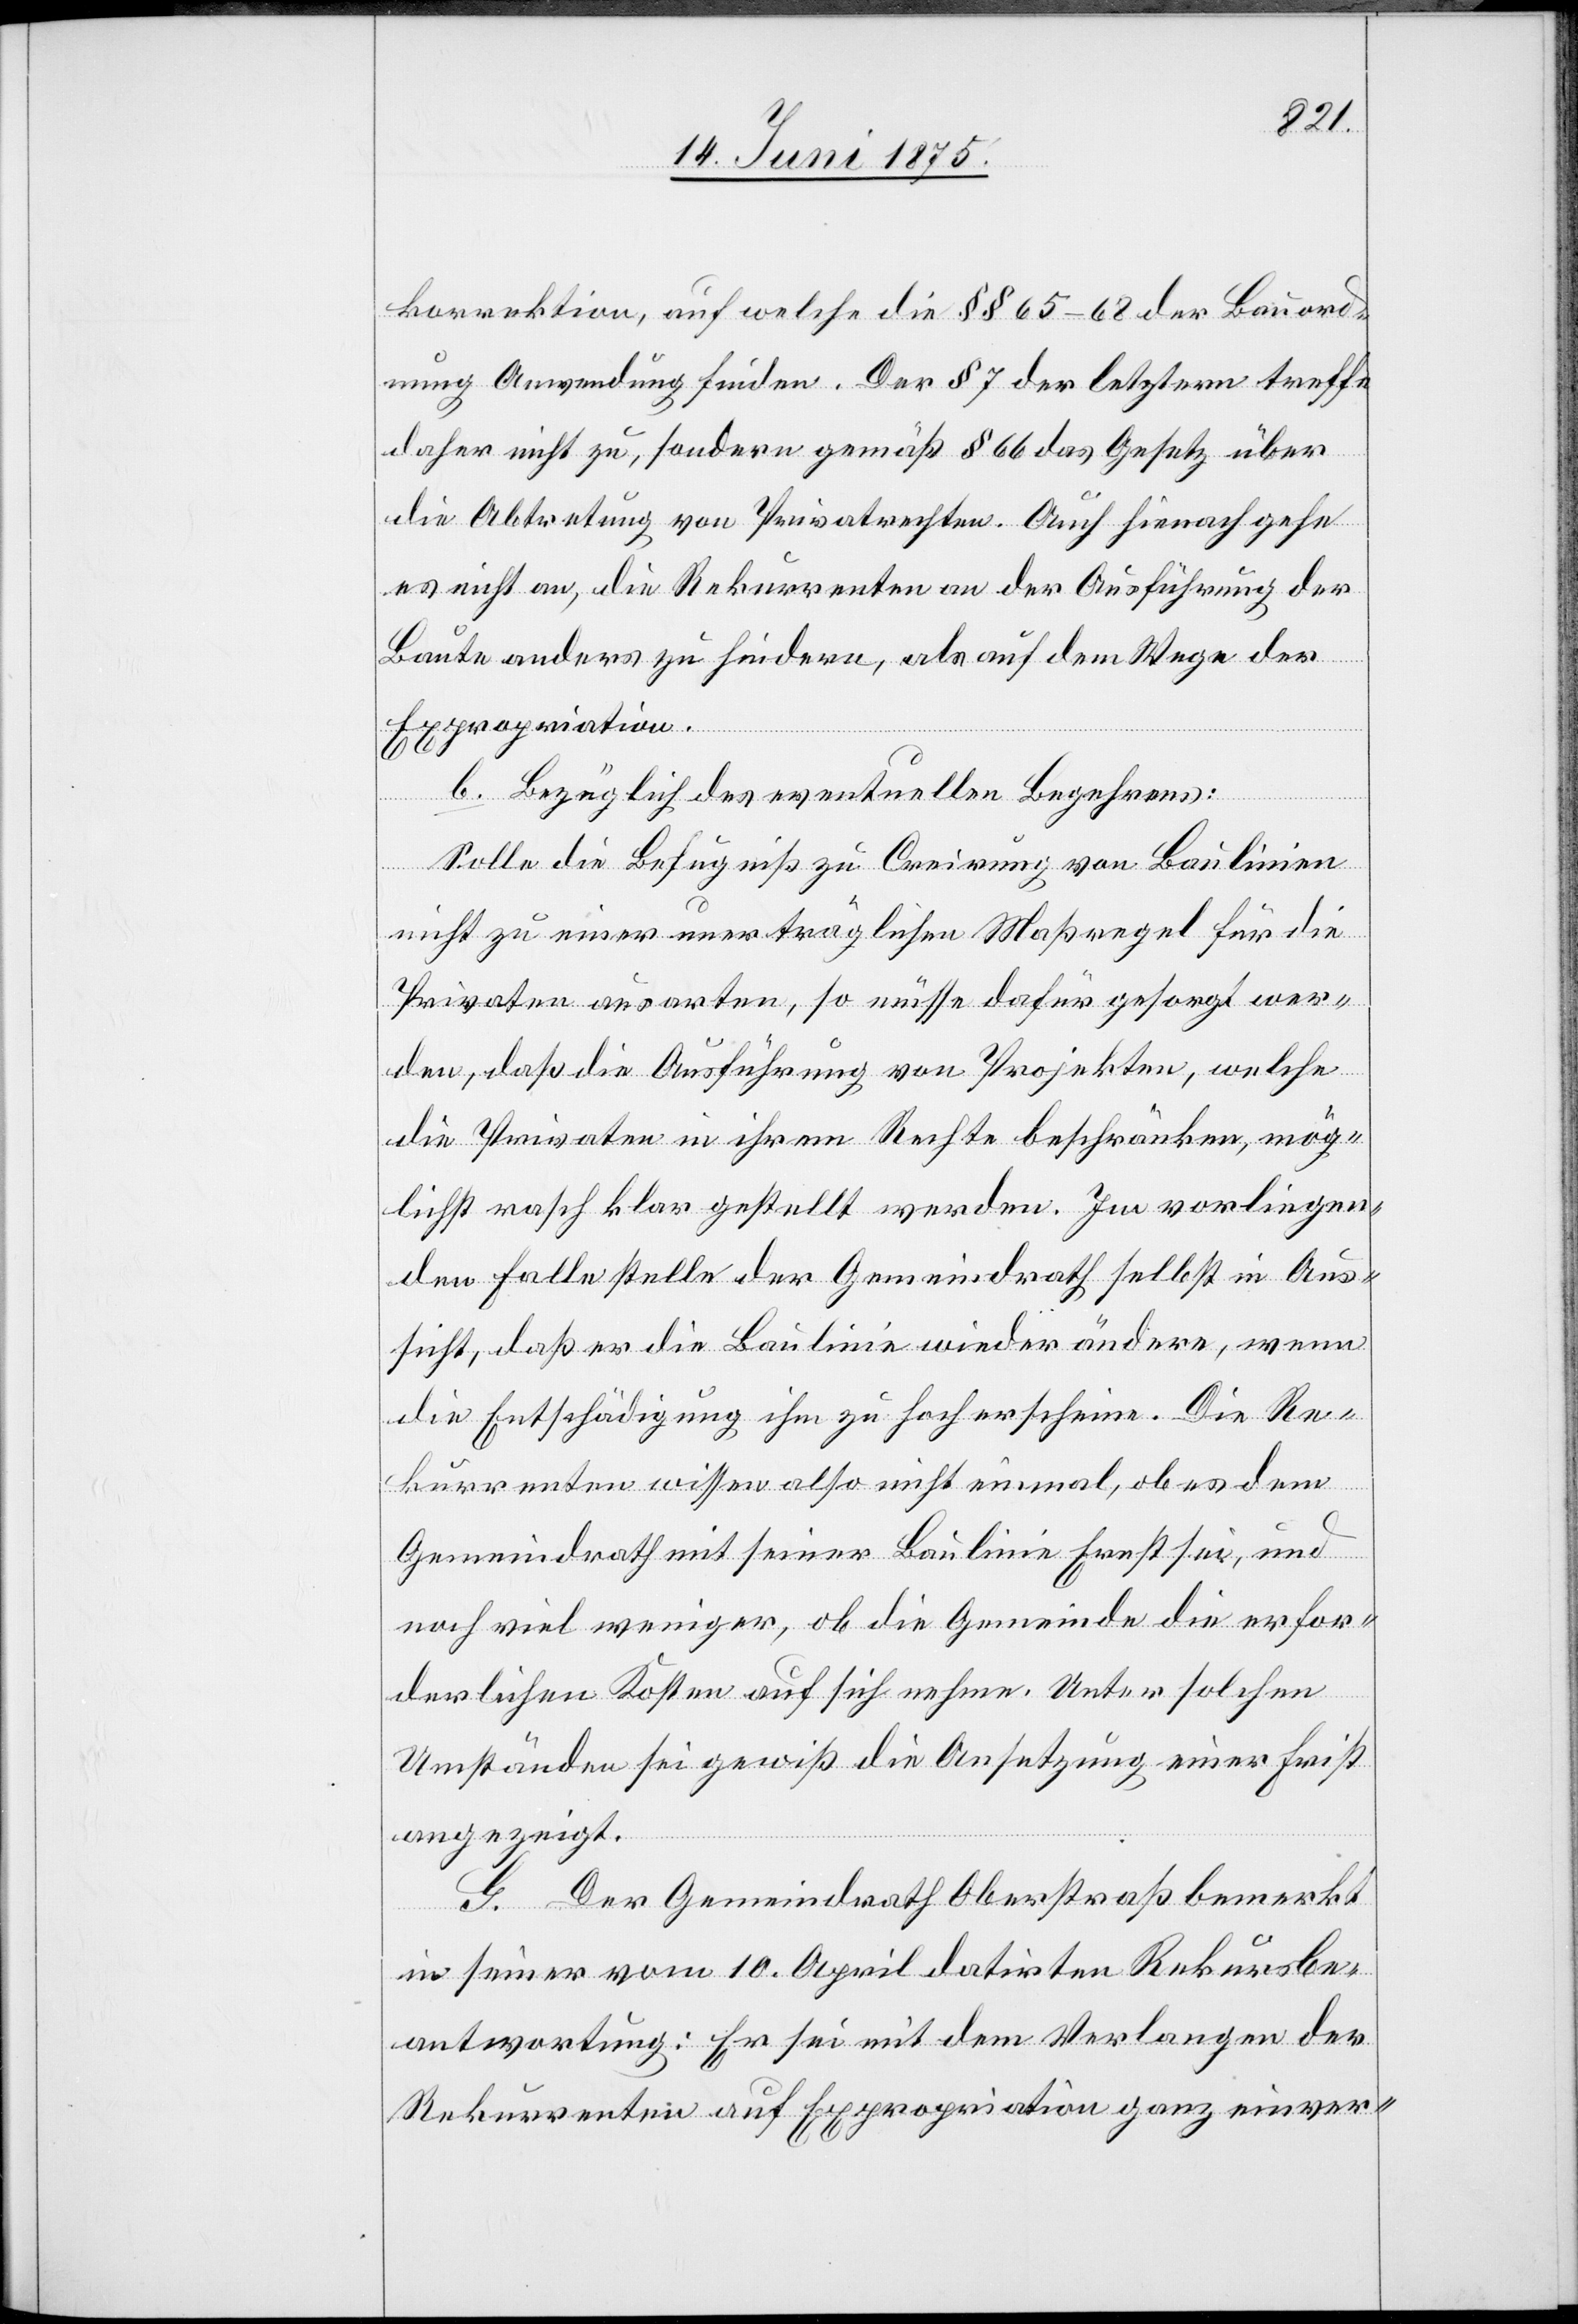
korrektion, auf welche die §§ 65–68 der Bauord¬
nung Anwendung finden. Der § 7 der letztern treffe
daher nicht zu, sondern gemäß § 66 das Gesetz über
die Abtretung von Privatrechten. Auch hienach gehe
es nicht an, die Rekurrenten an der Ausführung der
Baute anders zu hindern, als auf dem Wege der
Expropriation.
b. Bezüglich des eventuellen Begehrens:
Solle die Befugniß zu Creirung von Baulinien
nicht zu einer unverträglichen Maßregel für die
Privaten ausarten, so müsse dafür gesorgt wer¬
den, daß die Ausführung von Projekten, welche
die Privaten in ihrem Rechte beschränken, mög¬
lichst rasch klar gestellt werden. Im vorliegen¬
den Falle stelle der Gemeindrath selbst in Aus¬
sicht, daß er die Baulinie wieder ändere, wenn
die Entschädigung ihm zu hoch erscheine. Die Re¬
kurrenten wissen also nicht einmal, ob es dem
Gemeindrath mit seiner Baulinie Ernst sei, und
noch viel weniger, ob die Gemeinde die erfor¬
derlichen Kosten auf sich nehme. Unter solchen
Umständen sei gewiß die Ansetzung einer Frist
angezeigt.
G. Der Gemeindrath Oberstraß bemerkt
in seiner vom 10. April datirten Rekursbe¬
antwortung: Es sei mit dem Verlangen der
Rekurrenten auf Expropriation ganz einver-